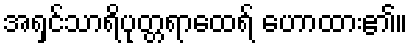
အရှင်သာရိပုတ္တရာထေရ် ဟောထား၏။